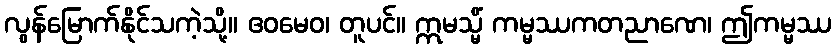
လွန်မြောက်နိုင်သကဲ့သို့။ ဧဝမေဝ၊ တူပင်။ ဣမသ္မိံ ကမ္မဿကတညာဏေ၊ ဤကမ္မဿ